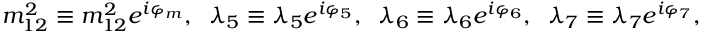
m _ { 1 2 } ^ { 2 } \equiv m _ { 1 2 } ^ { 2 } e ^ { i \varphi _ { m } } , \; \; \lambda _ { 5 } \equiv \lambda _ { 5 } e ^ { i \varphi _ { 5 } } , \; \; \lambda _ { 6 } \equiv \lambda _ { 6 } e ^ { i \varphi _ { 6 } } , \; \; \lambda _ { 7 } \equiv \lambda _ { 7 } e ^ { i \varphi _ { 7 } } ,